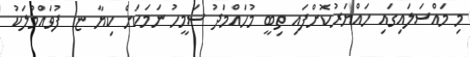
މި މައްސަލައިގައި ހައްޔަރުކޮށްފައި ތިބީ މުހައްމަދު ސަމީހު ނަމަކަށް ކިޔާ ޏ. ފުވައްމުލަކު